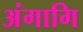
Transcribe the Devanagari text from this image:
अंगागि